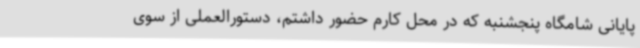
پایانی شامگاه پنجشنبه که در محل کارم حضور داشتم، دستورالعملی از سوی